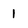
Character: 1